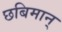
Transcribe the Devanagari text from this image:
छबिमान्